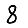
Digit: 8